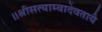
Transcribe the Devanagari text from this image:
॥श्रीसत्याम्बादेवतायै